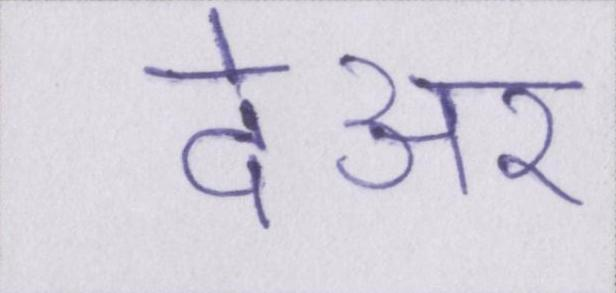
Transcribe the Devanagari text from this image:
देअर